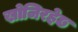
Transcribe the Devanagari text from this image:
खोजिरहेछ